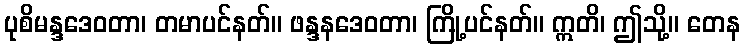
ပုစိမန္ဒဒေဝတာ၊ တမာပင်နတ်။ ဖန္ဒနဒေဝတာ၊ ကြို့ပင်နတ်။ ဣတိ၊ ဤသို့။ တေန